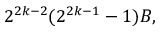
2 ^ { 2 k - 2 } ( 2 ^ { 2 k - 1 } - 1 ) B ,